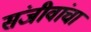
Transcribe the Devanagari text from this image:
संजीवांचा